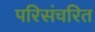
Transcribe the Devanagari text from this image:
परिसंचरित